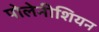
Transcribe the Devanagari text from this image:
पोलेनीशियन